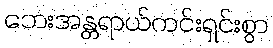
ဘေးအန္တရာယ်ကင်းရှင်းစွာ